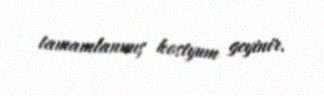
tamamlanmış kostyum geyinir.